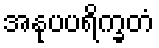
အနုပပရိက္ခတံ